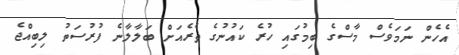
އެހެން ނަމަވެސް މާސްގެ ބިމުގައި ހުރެ ކައުނުގެ ތެރެއަށް ބަލާލާނެ ފުރުސަތު ލިބިއްޖެ